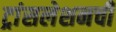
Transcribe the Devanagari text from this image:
ट्रांसलेशनची